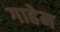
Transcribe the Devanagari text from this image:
गाहेन